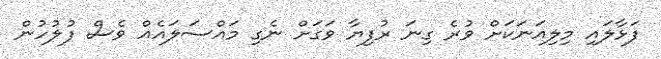
ފަޅާލައި މިލިއަނަކަށް ވުރެ ގިނަ ރުފިޔާ ވަގަށް ނެގި މައްސަލައެއް ވެސް ފުލުހުން